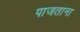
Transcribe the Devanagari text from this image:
पाजताना